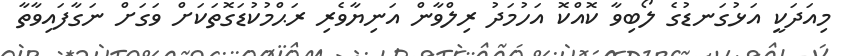
މިއަދަކީ އަޅުގަނޑުގެ ލޯބިވާ ކޮއްކޮ އަހުމަދު ރިލްވާން އަނިޔާވެރި ރަޙްމުކުޑަގޮތަކަށް ވަގަށް ނަގާފައިވާތާ